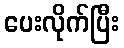
ပေးလိုက်ပြီး